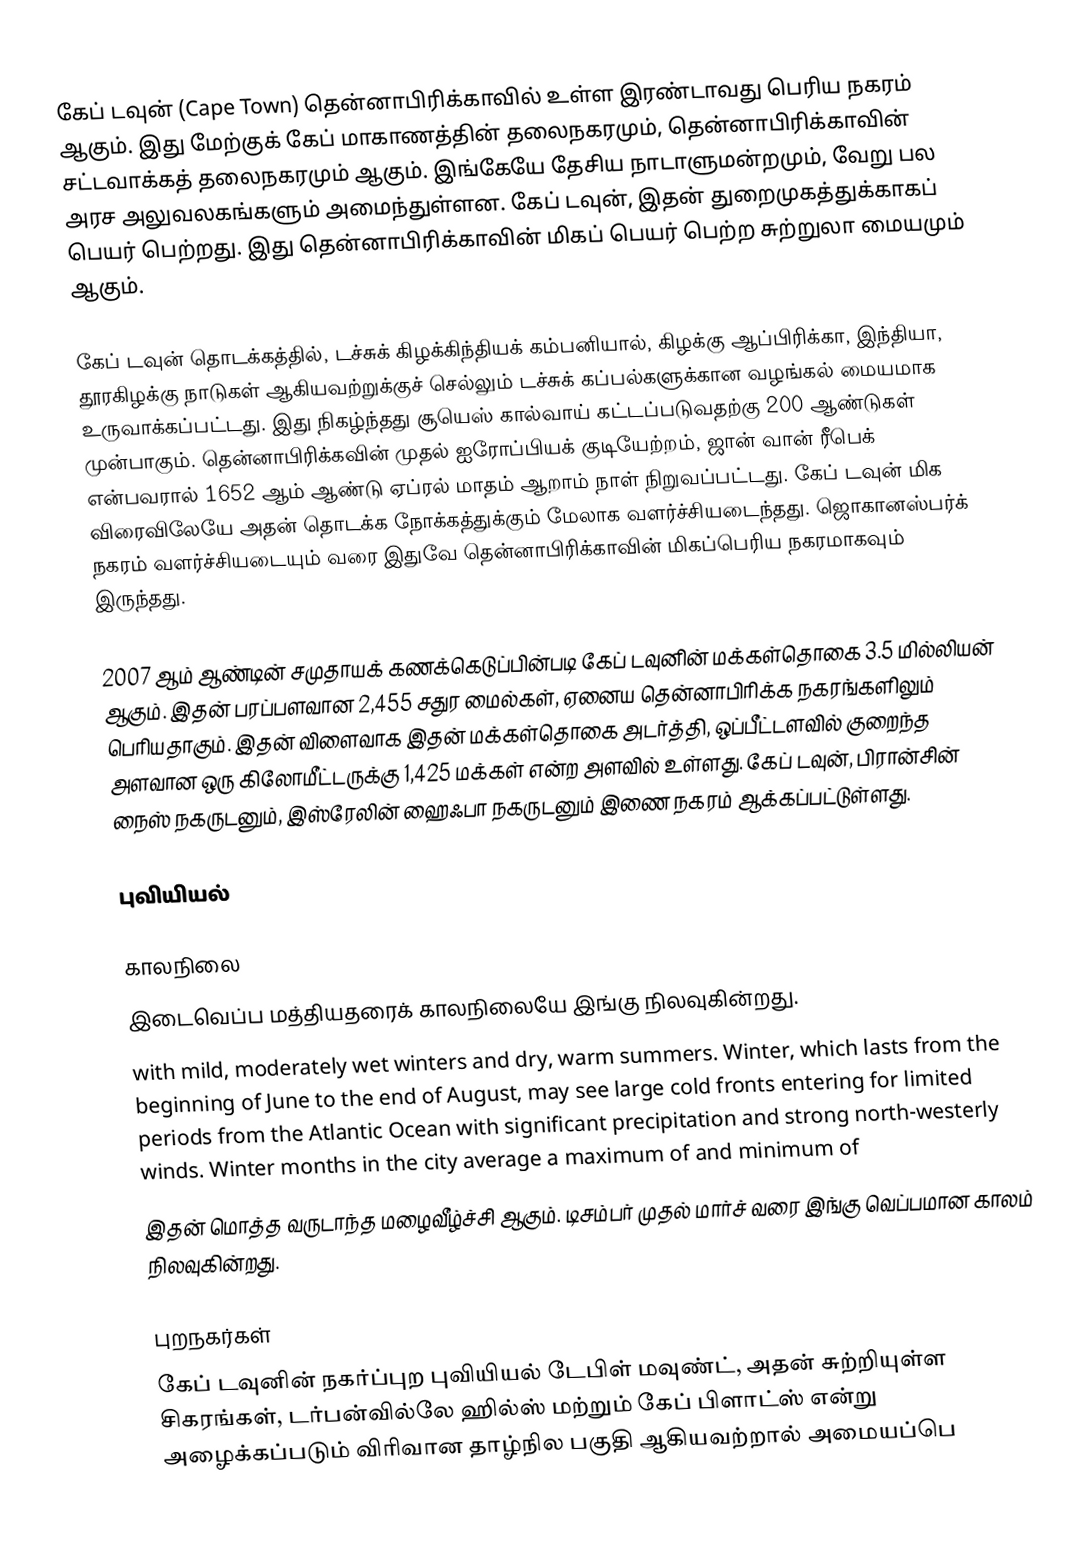
கேப் டவுன் (Cape Town) தென்னாபிரிக்காவில் உள்ள இரண்டாவது பெரிய நகரம் ஆகும். இது மேற்குக் கேப் மாகாணத்தின் தலைநகரமும், தென்னாபிரிக்காவின் சட்டவாக்கத் தலைநகரமும் ஆகும். இங்கேயே தேசிய நாடாளுமன்றமும், வேறு பல அரச அலுவலகங்களும் அமைந்துள்ளன. கேப் டவுன், இதன் துறைமுகத்துக்காகப் பெயர் பெற்றது. இது தென்னாபிரிக்காவின் மிகப் பெயர் பெற்ற சுற்றுலா மையமும் ஆகும்.

கேப் டவுன் தொடக்கத்தில், டச்சுக் கிழக்கிந்தியக் கம்பனியால், கிழக்கு ஆப்பிரிக்கா, இந்தியா, தூரகிழக்கு நாடுகள் ஆகியவற்றுக்குச் செல்லும் டச்சுக் கப்பல்களுக்கான வழங்கல் மையமாக உருவாக்கப்பட்டது. இது நிகழ்ந்தது சூயெஸ் கால்வாய் கட்டப்படுவதற்கு 200 ஆண்டுகள் முன்பாகும். தென்னாபிரிக்கவின் முதல் ஐரோப்பியக் குடியேற்றம், ஜான் வான் ரீபெக் என்பவரால் 1652 ஆம் ஆண்டு ஏப்ரல் மாதம் ஆறாம் நாள் நிறுவப்பட்டது. கேப் டவுன் மிக விரைவிலேயே அதன் தொடக்க நோக்கத்துக்கும் மேலாக வளர்ச்சியடைந்தது. ஜொகானஸ்பர்க் நகரம் வளர்ச்சியடையும் வரை இதுவே தென்னாபிரிக்காவின் மிகப்பெரிய நகரமாகவும் இருந்தது.

2007 ஆம் ஆண்டின் சமுதாயக் கணக்கெடுப்பின்படி கேப் டவுனின் மக்கள்தொகை 3.5 மில்லியன் ஆகும். இதன் பரப்பளவான 2,455 சதுர மைல்கள், ஏனைய தென்னாபிரிக்க நகரங்களிலும் பெரியதாகும். இதன் விளைவாக இதன் மக்கள்தொகை அடர்த்தி, ஒப்பீட்டளவில் குறைந்த அளவான ஒரு கிலோமீட்டருக்கு 1,425 மக்கள் என்ற அளவில் உள்ளது. கேப் டவுன், பிரான்சின் நைஸ் நகருடனும், இஸ்ரேலின் ஹைஃபா நகருடனும் இணை நகரம் ஆக்கப்பட்டுள்ளது.

புவியியல்

காலநிலை
இடைவெப்ப மத்தியதரைக் காலநிலையே இங்கு நிலவுகின்றது.
with mild, moderately wet winters and dry, warm summers. Winter, which lasts from the beginning of June to the end of August, may see large cold fronts entering for limited periods from the Atlantic Ocean with significant precipitation and strong north-westerly winds. Winter months in the city average a maximum of  and minimum of
இதன் மொத்த வருடாந்த மழைவீழ்ச்சி  ஆகும். டிசம்பர் முதல் மார்ச் வரை இங்கு வெப்பமான காலம் நிலவுகின்றது.

புறநகர்கள்
கேப் டவுனின் நகர்ப்புற புவியியல் டேபிள் மவுண்ட், அதன் சுற்றியுள்ள சிகரங்கள், டர்பன்வில்லே ஹில்ஸ் மற்றும் கேப் பிளாட்ஸ் என்று அழைக்கப்படும் விரிவான தாழ்நில பகுதி ஆகியவற்றால் அமையப்பெ